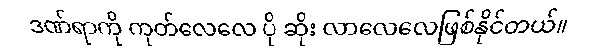
ဒဏ်ရာကို ကုတ်လေလေ ပို ဆိုး လာလေလေဖြစ်နိုင်တယ်။